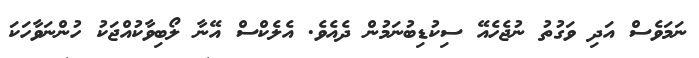
ނަމަވެސް އަދި ވަގުތު ނުޖެހެއޭ ސިކުޑިބުނަމުން ދެއެވެ. އެލެކްސް އޭނާ ލޯބިވާކުއްޖަކު ހުންނަވާހަކަ